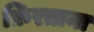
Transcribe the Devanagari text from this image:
फ़िरताना